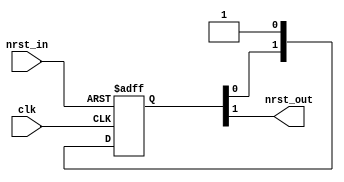
//#############################################################################
//# Function:  Reset synchronizer (async assert, sync deassert)               #
//# Copyright: Lambda Project Authors. All rights Reserved.                   #
//# License:   MIT (see LICENSE file in Lambda repository)                    #
//#############################################################################
module la_rsync #(parameter PROP = "DEFAULT",
                  parameter STAGES = 2,       // synchronizer depth
                  parameter RND = 1)          // randomize sync

   (
    input  clk,     // clock
    input  nrst_in, // async reset input
    output nrst_out // async assert, sync deassert reset
    );

   reg     [STAGES:0] sync_pipe;
   integer            sync_delay;


   always @(posedge clk or negedge nrst_in)
     if (!nrst_in)
       sync_pipe[STAGES:0] <= 'b0;
     else
       sync_pipe[STAGES:0] <= {sync_pipe[STAGES-1:0], 1'b1};

`ifdef SIM
   always @(posedge clk)
     sync_delay <= {$random} % 2;

   assign nrst_out = (|sync_delay & (|RND)) ? sync_pipe[STAGES] : sync_pipe[STAGES-1];
`else
   assign nrst_out = sync_pipe[STAGES-1];
`endif

endmodule